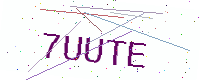
Text: 7UUTE